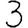
Digit: 3